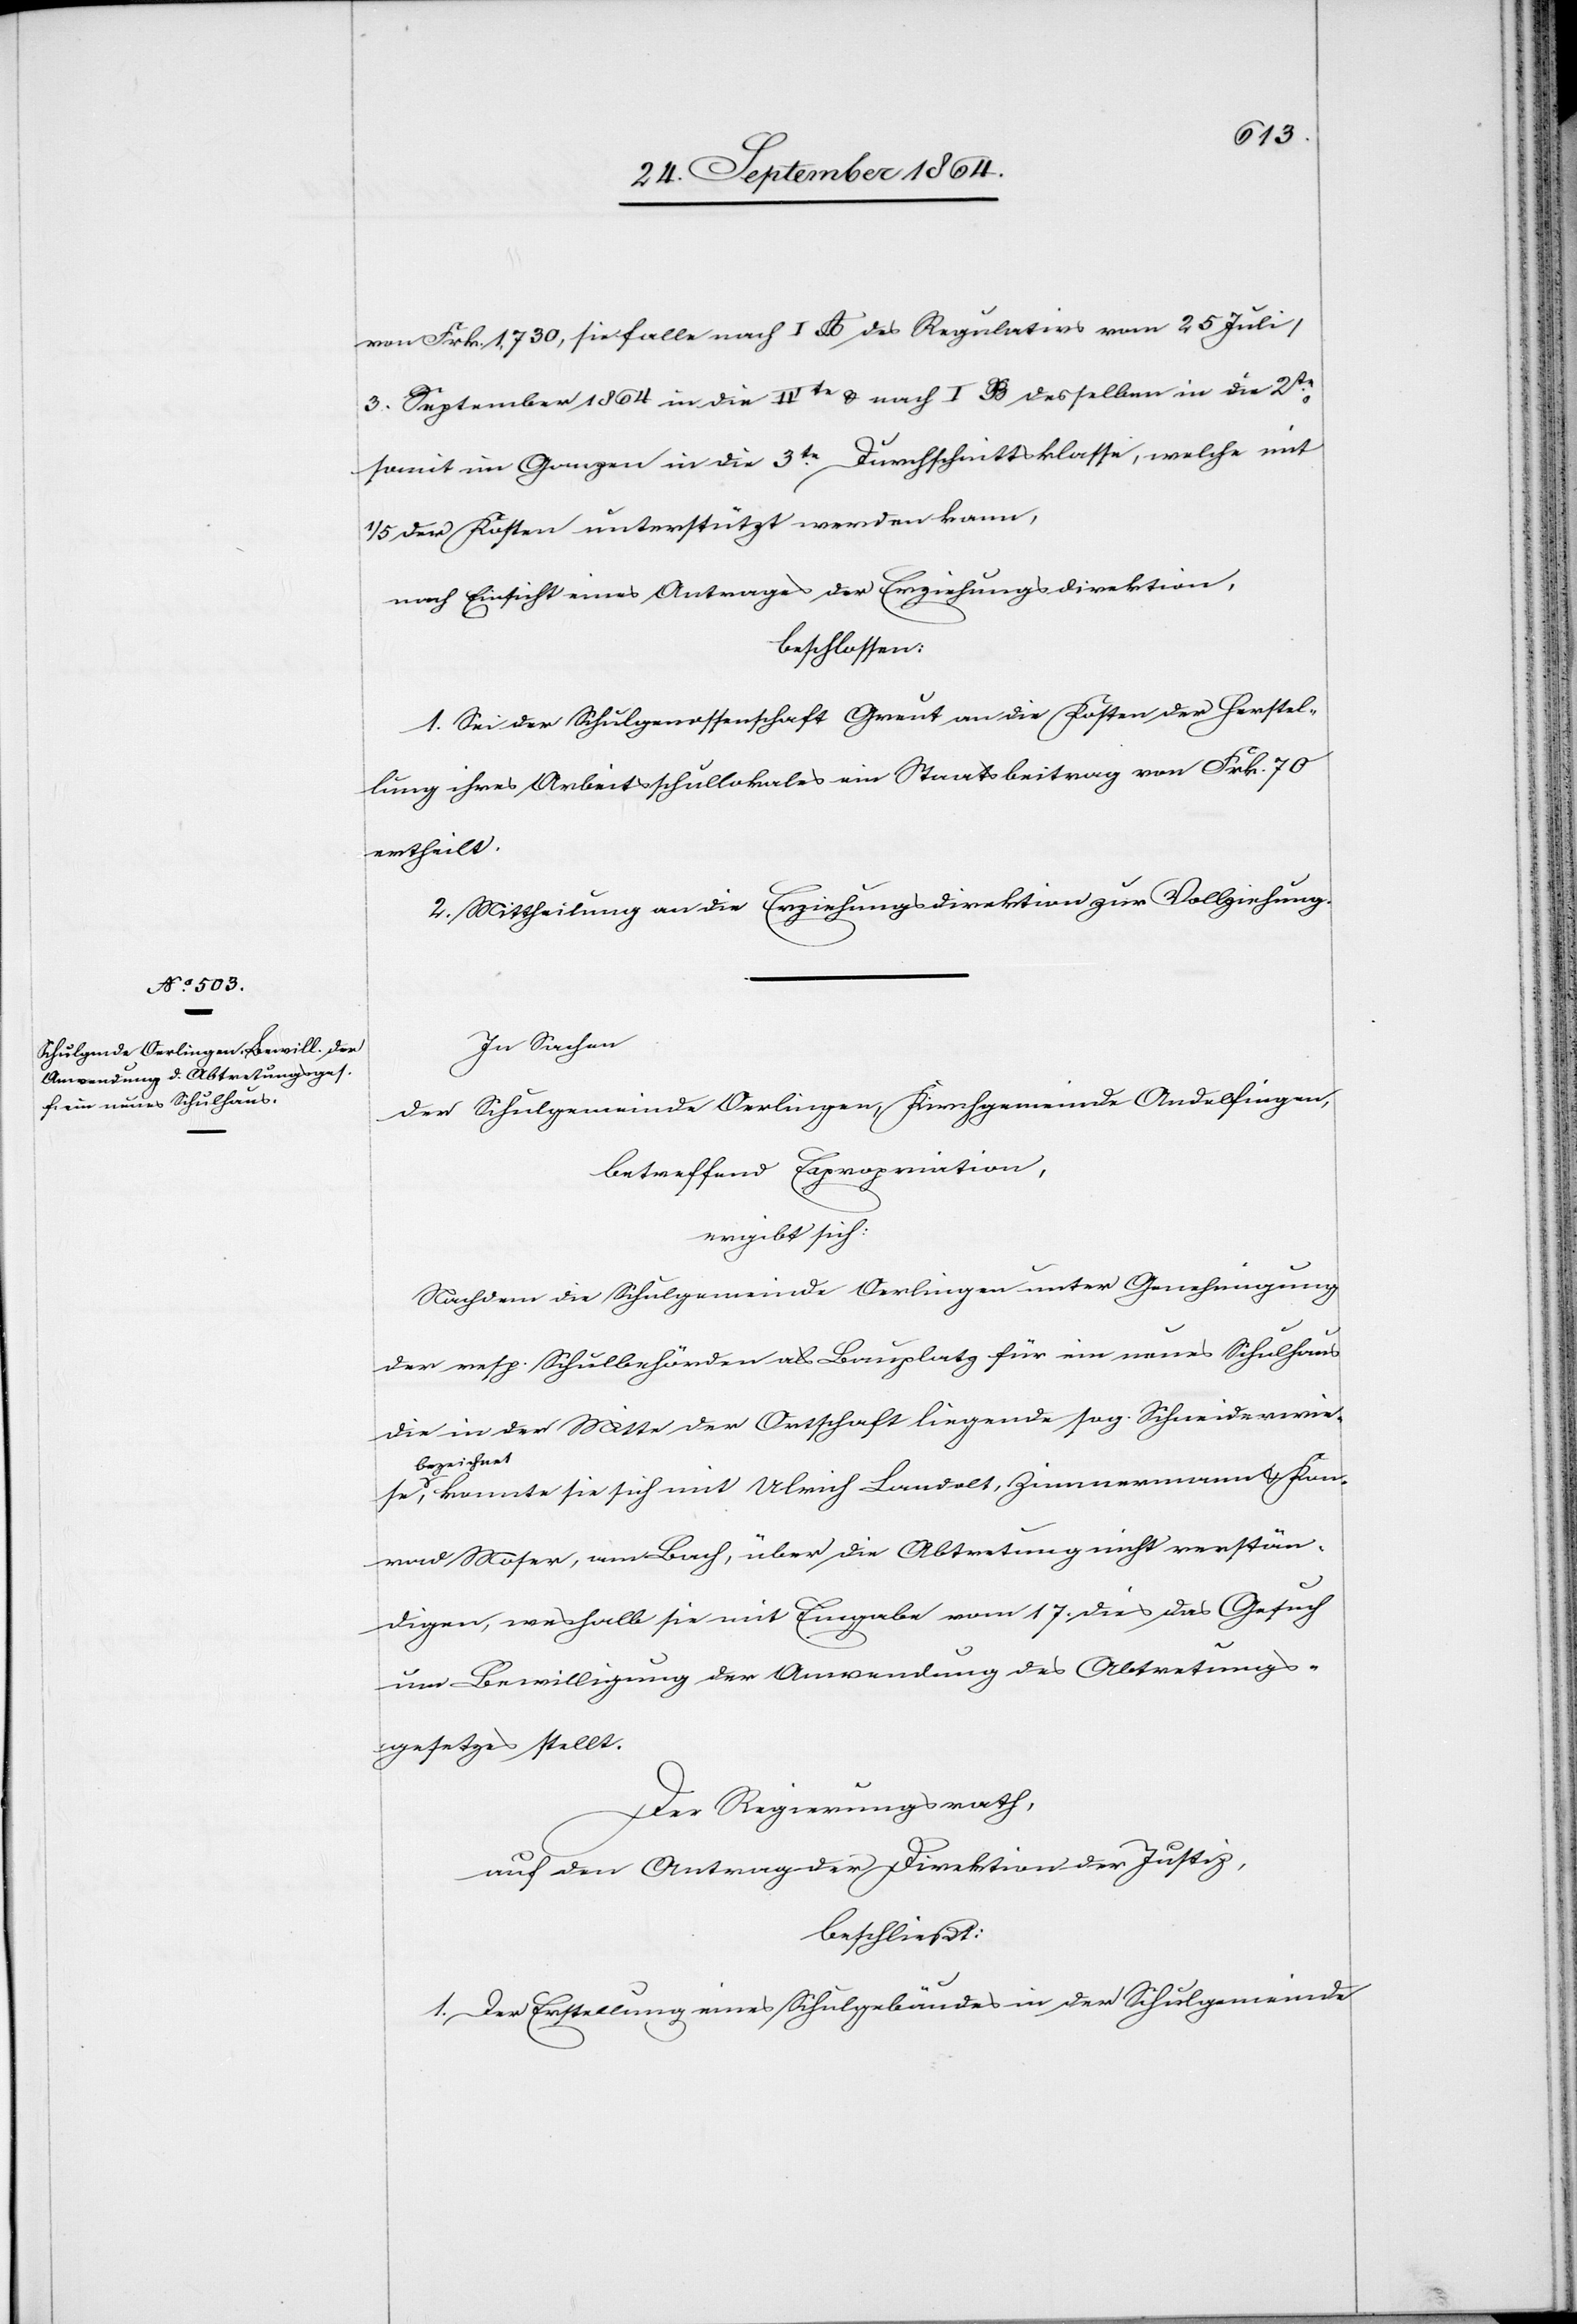
von Frk. 1,730, sie falle nach I A des Regulativs vom 25 Jul¬
i/3. September 1864 in die IVte & nach I B desselben in die 2te,
somit im Ganzen in die 3te Durchschnittsklasse, welche mit
1/5 der Kosten unterstützt werden kann,
nach Einsicht eines Antrages der Erziehungsdirektion,
beschlossen:
1. Sei der Schulgenossenschaft Greut an die Kosten der Herstel¬
lung ihres Arbeitsschullokales ein Staatsbeitrag von Frk. 70
ertheilt.
2. Mittheilung an die Erziehungsdirektion zur Vollziehung.
In Sachen
der Schulgemeinde Oerlingen, Kirchgemeinde Andelfingen,
betreffend Expropriation,
ergibt sich:
Nachdem die Schulgemeinde Oerlingen unter Genehmigung
der resp. Schulbehörden als Bauplatz für ein neues Schulhaus
die in der Mitte der Ortschaft liegende sog. Schneiderwiese
a-bezeichne¬
t-a, konnte sie sich mit Ulrich Landolt, Zimmermann & Kon¬
rad Moser, am Bach, über die Abtretung nicht verstän¬
digen, weshalb sie mit Eingabe vom 17. dies das Gesuch
um Bewilligung der Anwendung des Abtretungs¬
gesetzes stellt.
Der Regierungsrath,
auf den Antrag der Direktion der Justiz,
beschließt:
1. Der Erstellung eines Schulgebäudes in der Schulgemeinde